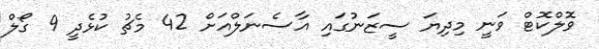
ވޮލްކޮޓް ވަނީ މިދިޔަ ސީޒަނުގައި އާސެނަލްއަށް 42 މެޗު ކުޅެދީ 9 ގޯލް